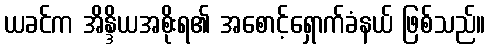
ယခင်က အိန္ဒိယအစိုးရ၏ အစောင့်ရှောက်ခံနယ် ဖြစ်သည်။